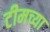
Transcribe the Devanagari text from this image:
टीमच्या